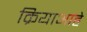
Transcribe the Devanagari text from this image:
क्रियाआहे